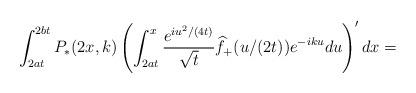
LaTeX: \begin{align*}\int_{2at}^{2bt} {P_*}(2x,k) \left(\int_{2at}^x \frac{e^{iu^2/(4t)}}{\sqrt t}\widehat f_+(u/(2t))e^{-iku}du\right)'dx=\end{align*}